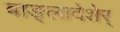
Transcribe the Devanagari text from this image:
बाङ्लादेशेर्